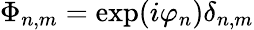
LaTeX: \Phi_{n,m}=\exp(i\varphi_{n})\delta_{n,m}